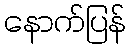
နောက်ပြန်